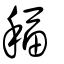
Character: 稫